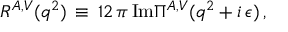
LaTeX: R ^ { A , V } ( q ^ { 2 } ) \, \equiv \, 1 2 \, \pi \, \mathrm { I m } \Pi ^ { A , V } ( q ^ { 2 } + i \, \epsilon ) \, ,